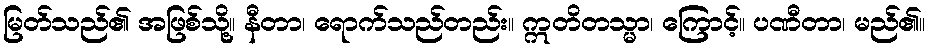
မြတ်သည်၏ အဖြစ်သို့။ နီတာ၊ ရောက်သည်တည်း။ ဣတိတသ္မာ၊ ကြောင့်။ ပဏီတာ၊ မည်၏။